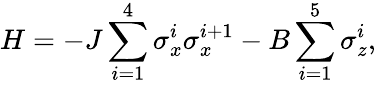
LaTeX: H=-J\sum_{i=1}^{4}\sigma_{x}^{i}\sigma_{x}^{i+1}-B\sum_{i=1}^{5}\sigma_{z}^{i},